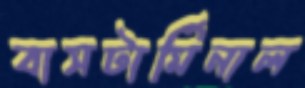
বাসটার্মিনাল